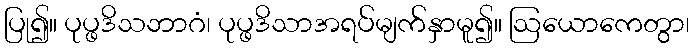
ပြု၍။ ပုပ္ဖဒိသဘာဂံ၊ ပုပ္ဖဒိသာအရပ်မျက်နှာမူ၍။ ဩယောကေတွာ၊